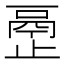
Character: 𰙴